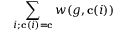
\sum _ { i ; \mathbf { c } ( i ) = \mathbf { c } } w ( g , \mathbf { c } ( i ) )